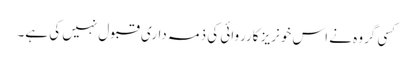
کسی گروہ نے اس خونریز کارروائی کی ذمہ داری قبول نہیں کی ہے۔